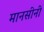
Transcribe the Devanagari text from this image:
मानसीनी